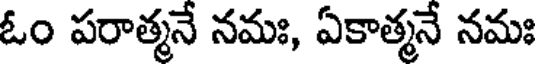
ఓం పరాత్మనే నమః, ఏకాత్మనే నమః